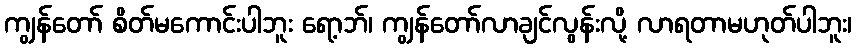
ကျွန်တော် စိတ်မကောင်းပါဘူး ရော့ဘ်၊ ကျွန်တော်လာချင်လွန်းလို့ လာရတာမဟုတ်ပါဘူး၊